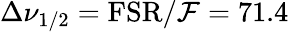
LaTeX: \Delta\nu_{1/2}=\mathrm{FSR}/\mathcal{F}=71.4